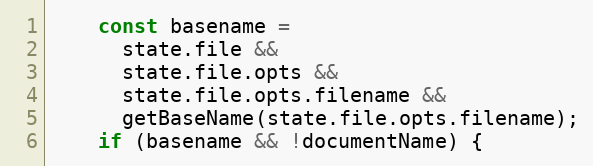
Language: JavaScript
    const basename =
      state.file &&
      state.file.opts &&
      state.file.opts.filename &&
      getBaseName(state.file.opts.filename);
    if (basename && !documentName) {